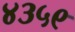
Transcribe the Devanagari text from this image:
४३५९